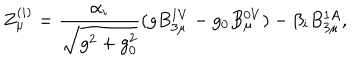
LaTeX: Z _ { \mu } ^ { ( i ) } = \frac { \alpha _ { i } } { \sqrt { g ^ { 2 } + g _ { 0 } ^ { 2 } } } ( g B _ { 3 \mu } ^ { 1 V } - g _ { 0 } B _ { \mu } ^ { 0 V } ) - \beta _ { i } B _ { 3 \mu } ^ { 1 A } ,